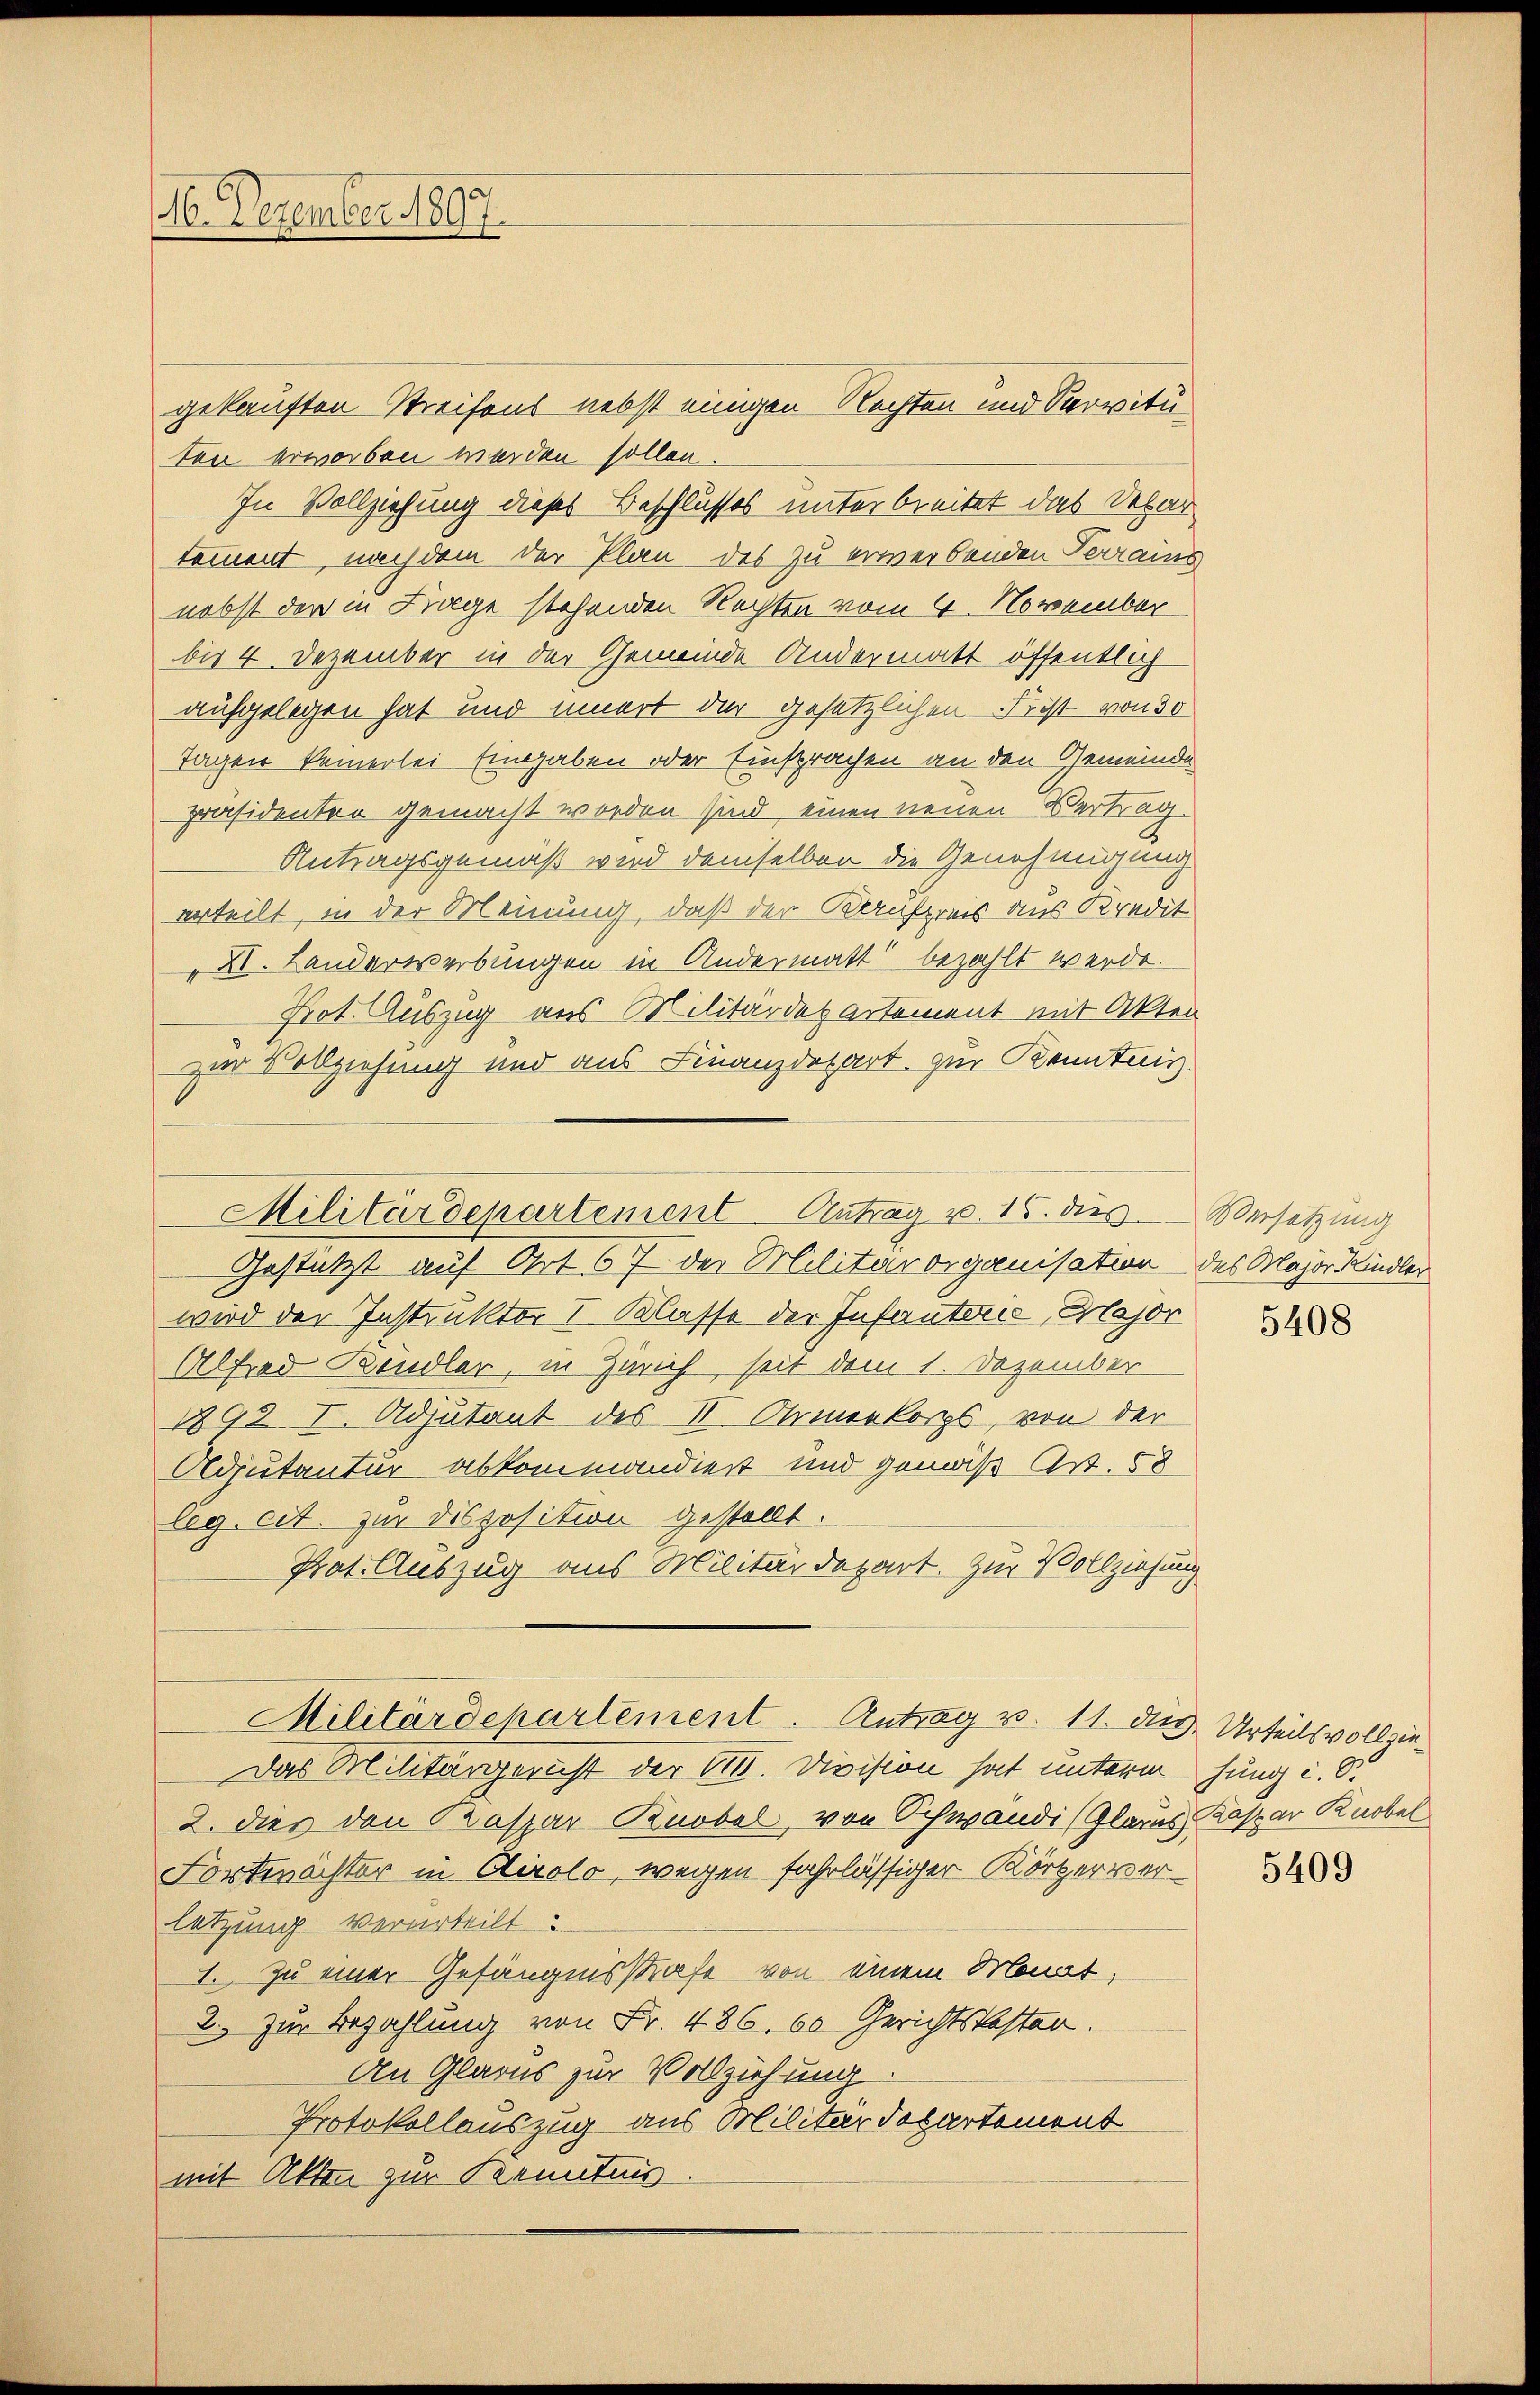
16. Dezember 1897

gekauften Streifens nebst einigen Rechten und Servitu
ten erworben werden sollen.
In Vollziehung dieses Beschlusses unterbreitet das Sebar
tement, nach dem der Plan des zu erwerbenden Terrains
nebst der in Frage stehenden Rechten vom 4. November
bis 4. Dezember in der Gemeinde Andermatt öffentlich
aufgelegen hat und innert der gesetzlichen Frist von 30
Tagen keinerlei Eingaben oder Einsprachen an den Gemeinde
präsidenten gemacht worden sind, einen neuen Vertrag.
Antragsgemäß wird demselben die Genehmigung
erteilt, in der Meinung, daß der Kaufpreis aus Kredit
XI. Landerwerbungen in Andermatt bezahlt werde.
Prot. Auszug aus Militärdepartement mit Akten
zur Vollziehung und aus Finanzdepart zur Kenntnis.
Gestützt auf Art 67 der Militärorganisation des Major Kindler
wird der Instruktor I. Klasse der Infanterie Major
Alfred Kindler in Zürich seit dem 1. Dezember
1892 I. Adjutant des II. Ormonkorps, von der
Adjutantur abkommandiert und gemäß Art. 58
leg. cit. zur Disposition gestellt.
Prot. Auszug aus Militärdepart. Zur Vollziehung
Militärdepartement. Antrag v. 11. den Urteilsvollzie¬
Das Militärgericht der 188. Division hat unterm hung i. S.
2. dies den Kaspar Knobel, von Schwandi (Glarus, Kaspar Knobel
Fortwächter in Airolo, wegen fahrlässiger Körperverletzung verurteilt:
I. Zu einer Gefängnisstrafe von einem Monat,
2. Zur Bezahlung von Fr. 486. 60 Gerichtskoster.
An Glarus zur Vollziehung.
Protokollauszug aus Militärdepartement
mit Akten zur Kenntnis

Militärdepartement Antrag u. 15. dies Versetzŭng

5408

5409